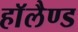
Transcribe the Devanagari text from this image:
हाॅलैण्ड